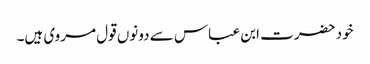
خود حضرت ابن عباس سے دونوں قول مروی ہیں۔